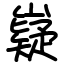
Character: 嶷